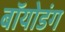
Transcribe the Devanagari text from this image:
बॉयोडंग